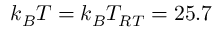
k _ { B } T = k _ { B } T _ { R T } = 2 5 . 7